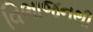
વિભાજનથી